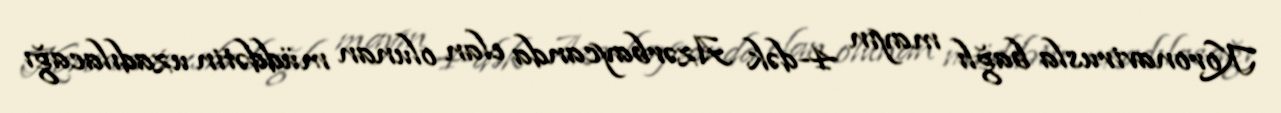
Koronavirusla bağlı mayın 4-dək Azərbaycanda elan olunan müddətin uzadılacağı